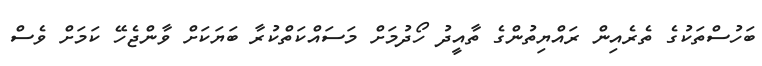
ބަހުސްތަކުގެ ތެރެއިން ރައްޔިތުންގެ ތާއީދު ހޯދުމަށް މަސައްކަތްކުރާ ބަޔަކަށް ވާންޖެހޭ ކަމަށް ވެސް